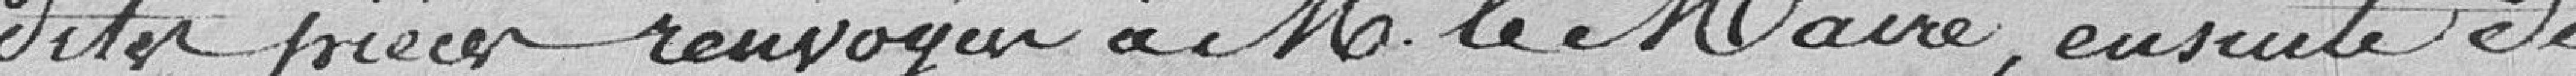
dites pièces renvoyées à Monsieur le Maire, ensuite de